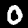
Label: 0